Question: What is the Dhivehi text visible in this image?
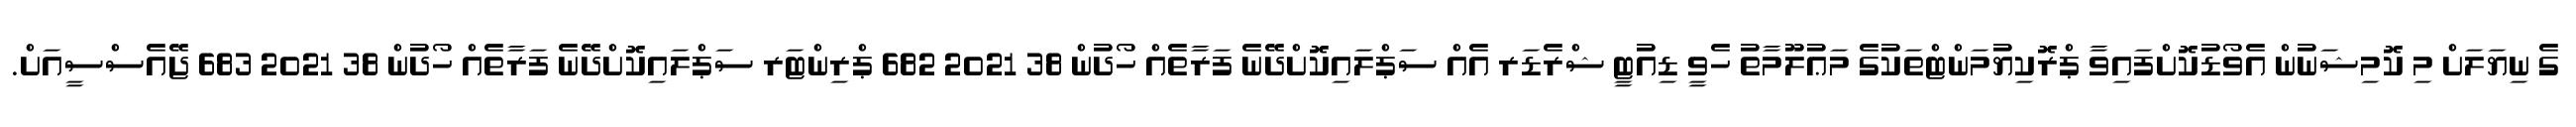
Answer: ގެ ނިޔަލަށް މި ކޮމިޝަނުން އެވޯޑުކޮށްފައިވާ ޕްރޮކިޔުމަންޓްތަކުގެ މަޢުލޫމާތު ހެވީ ޑިއުޓީ ޝްރެޑަރ އެއް ސަޕްލައިކޮށްދޭނެ ފަރާތެއް ހޯދުން 38 2021 682 ޕްރިންޓަރ ސަޕްލައިކޮށްދޭނެ ފަރާތެއް ހޯދުން 38 2021 683 ޖޭއެސްސީއަށް.